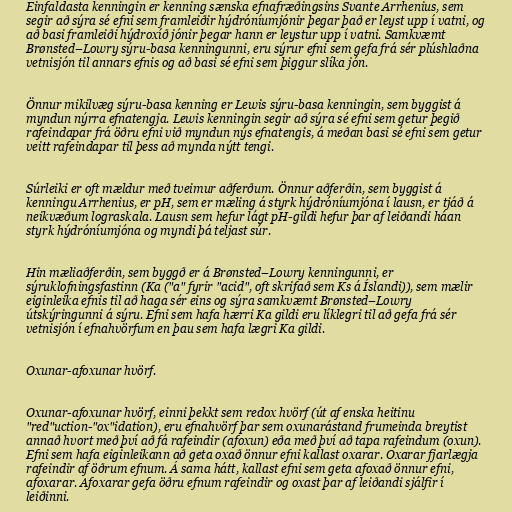
Einfaldasta kenningin er kenning sænska efnafræðingsins Svante Arrhenius, sem
segir að sýra sé efni sem framleiðir hýdróníumjónir þegar það er leyst upp í vatni, og
að basi framleiði hýdroxíð jónir þegar hann er leystur upp í vatni. Samkvæmt
Brønsted–Lowry sýru-basa kenningunni, eru sýrur efni sem gefa frá sér plúshlaðna
vetnisjón til annars efnis og að basi sé efni sem þiggur slíka jón.

Önnur mikilvæg sýru-basa kenning er Lewis sýru-basa kenningin, sem byggist á
myndun nýrra efnatengja. Lewis kenningin segir að sýra sé efni sem getur þegið
rafeindapar frá öðru efni við myndun nýs efnatengis, á meðan basi sé efni sem getur
veitt rafeindapar til þess að mynda nýtt tengi.

Súrleiki er oft mældur með tveimur aðferðum. Önnur aðferðin, sem byggist á
kenningu Arrhenius, er pH, sem er mæling á styrk hýdróníumjóna í lausn, er tjáð á
neikvæðum lograskala. Lausn sem hefur lágt pH-gildi hefur þar af leiðandi háan
styrk hýdróníumjóna og myndi þá teljast súr.

Hin mæliaðferðin, sem byggð er á Brønsted–Lowry kenningunni, er
sýruklofningsfastinn (Ka ("a" fyrir "acid", oft skrifað sem Ks á Íslandi)), sem mælir
eiginleika efnis til að haga sér eins og sýra samkvæmt Brønsted–Lowry
útskýringunni á sýru. Efni sem hafa hærri Ka gildi eru líklegri til að gefa frá sér
vetnisjón í efnahvörfum en þau sem hafa lægri Ka gildi.

Oxunar-afoxunar hvörf.

Oxunar-afoxunar hvörf, einni þekkt sem redox hvörf (út af enska heitinu
"red"uction-"ox"idation), eru efnahvörf þar sem oxunarástand frumeinda breytist
annað hvort með því að fá rafeindir (afoxun) eða með því að tapa rafeindum (oxun).
Efni sem hafa eiginleikann að geta oxað önnur efni kallast oxarar. Oxarar fjarlægja
rafeindir af öðrum efnum. Á sama hátt, kallast efni sem geta afoxað önnur efni,
afoxarar. Afoxarar gefa öðru efnum rafeindir og oxast þar af leiðandi sjálfir í
leiðinni.